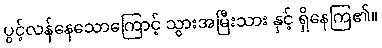
ပွင့်လန်နေသောကြောင့် သွားအမြီးသား နှင့် ရှိနေကြ၏။